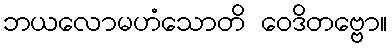
ဘယလောမဟံသောတိ ဝေဒိတဗ္ဗော။